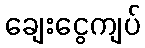
ချေးငွေကျပ်